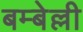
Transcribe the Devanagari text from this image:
बम्बेल्ली